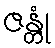
ဇန္တုံ